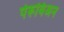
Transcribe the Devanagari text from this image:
पेरूविअन